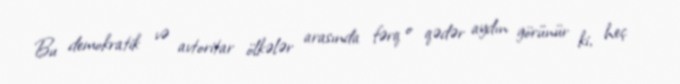
Bu demokratik və avtoritar ölkələr arasında fərq o qədər aydın görünür ki, heç